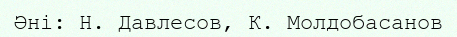
Әні: Н. Давлесов, К. Молдобасанов